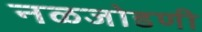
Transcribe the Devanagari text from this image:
नळजोडणी